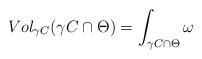
LaTeX: \begin{align*}Vol_{\gamma C}(\gamma C \cap \Theta)= \int_{\gamma C \cap \Theta} \omega\end{align*}